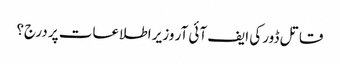
قاتل ڈور کی ایف آئی آر وزیر اطلاعات پر درج؟